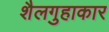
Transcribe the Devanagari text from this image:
शैलगुहाकार